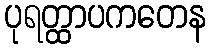
ပုရတ္ထာပကတေန